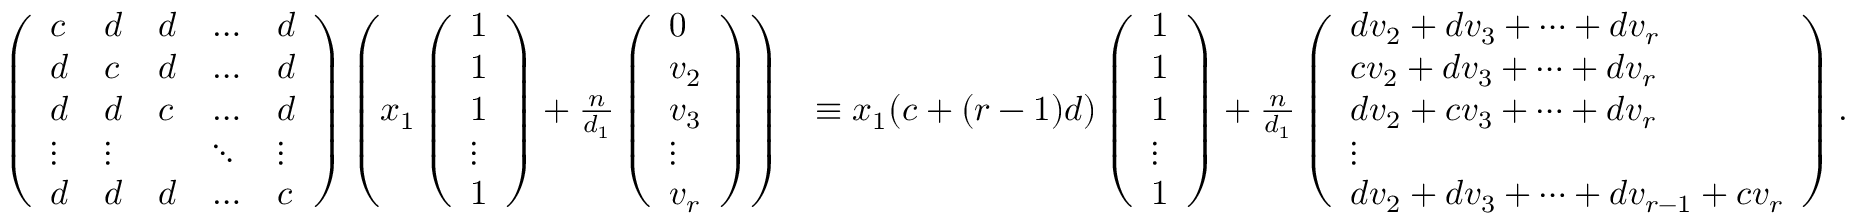
\begin{array} { r l } { \left( \begin{array} { l l l l l } { c } & { d } & { d } & { \dots } & { d } \\ { d } & { c } & { d } & { \dots } & { d } \\ { d } & { d } & { c } & { \dots } & { d } \\ { \vdots } & { \vdots } & & { \ddots } & { \vdots } \\ { d } & { d } & { d } & { \dots } & { c } \end{array} \right) \left( x _ { 1 } \left( \begin{array} { l } { 1 } \\ { 1 } \\ { 1 } \\ { \vdots } \\ { 1 } \end{array} \right) + \frac { n } { \mathscr { d } _ { 1 } } \left( \begin{array} { l } { 0 } \\ { v _ { 2 } } \\ { v _ { 3 } } \\ { \vdots } \\ { v _ { r } } \end{array} \right) \right) } & { \equiv x _ { 1 } ( c + ( r - 1 ) d ) \left( \begin{array} { l } { 1 } \\ { 1 } \\ { 1 } \\ { \vdots } \\ { 1 } \end{array} \right) + \frac { n } { \mathscr { d } _ { 1 } } \left( \begin{array} { l } { d v _ { 2 } + d v _ { 3 } + \dots + d v _ { r } } \\ { c v _ { 2 } + d v _ { 3 } + \dots + d v _ { r } } \\ { d v _ { 2 } + c v _ { 3 } + \dots + d v _ { r } } \\ { \vdots } \\ { d v _ { 2 } + d v _ { 3 } + \dots + d v _ { r - 1 } + c v _ { r } } \end{array} \right) . } \end{array}